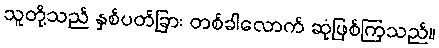
သူတို့သည် နှစ်ပတ်ခြား တစ်ခါလောက် ဆုံဖြစ်ကြသည်။